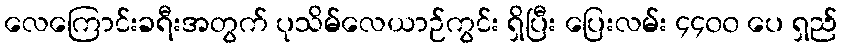
လေကြောင်းခရီးအတွက် ပုသိမ်လေယာဉ်ကွင်း ရှိပြီး ပြေးလမ်း ၄၄၀၀ ပေ ရှည်